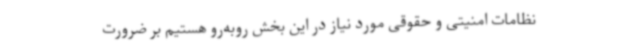
نظامات امنیتی و حقوقی مورد نیاز در این بخش روبه‌رو هستیم بر ضرورت